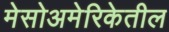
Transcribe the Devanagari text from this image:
मेसोअमेरिकेतील